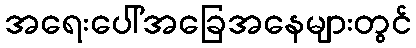
အရေးပေါ်အခြေအနေများတွင်